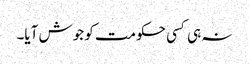
نہ ہی کسی حکومت کو جوش آیا۔